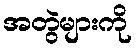
အတွဲများကို